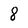
Character: 8